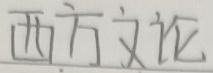
西方文论